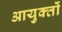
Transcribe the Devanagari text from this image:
आयुक्‍तों